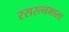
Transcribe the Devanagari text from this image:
रसरत्नमाला